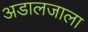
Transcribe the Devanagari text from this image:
अडालजाला